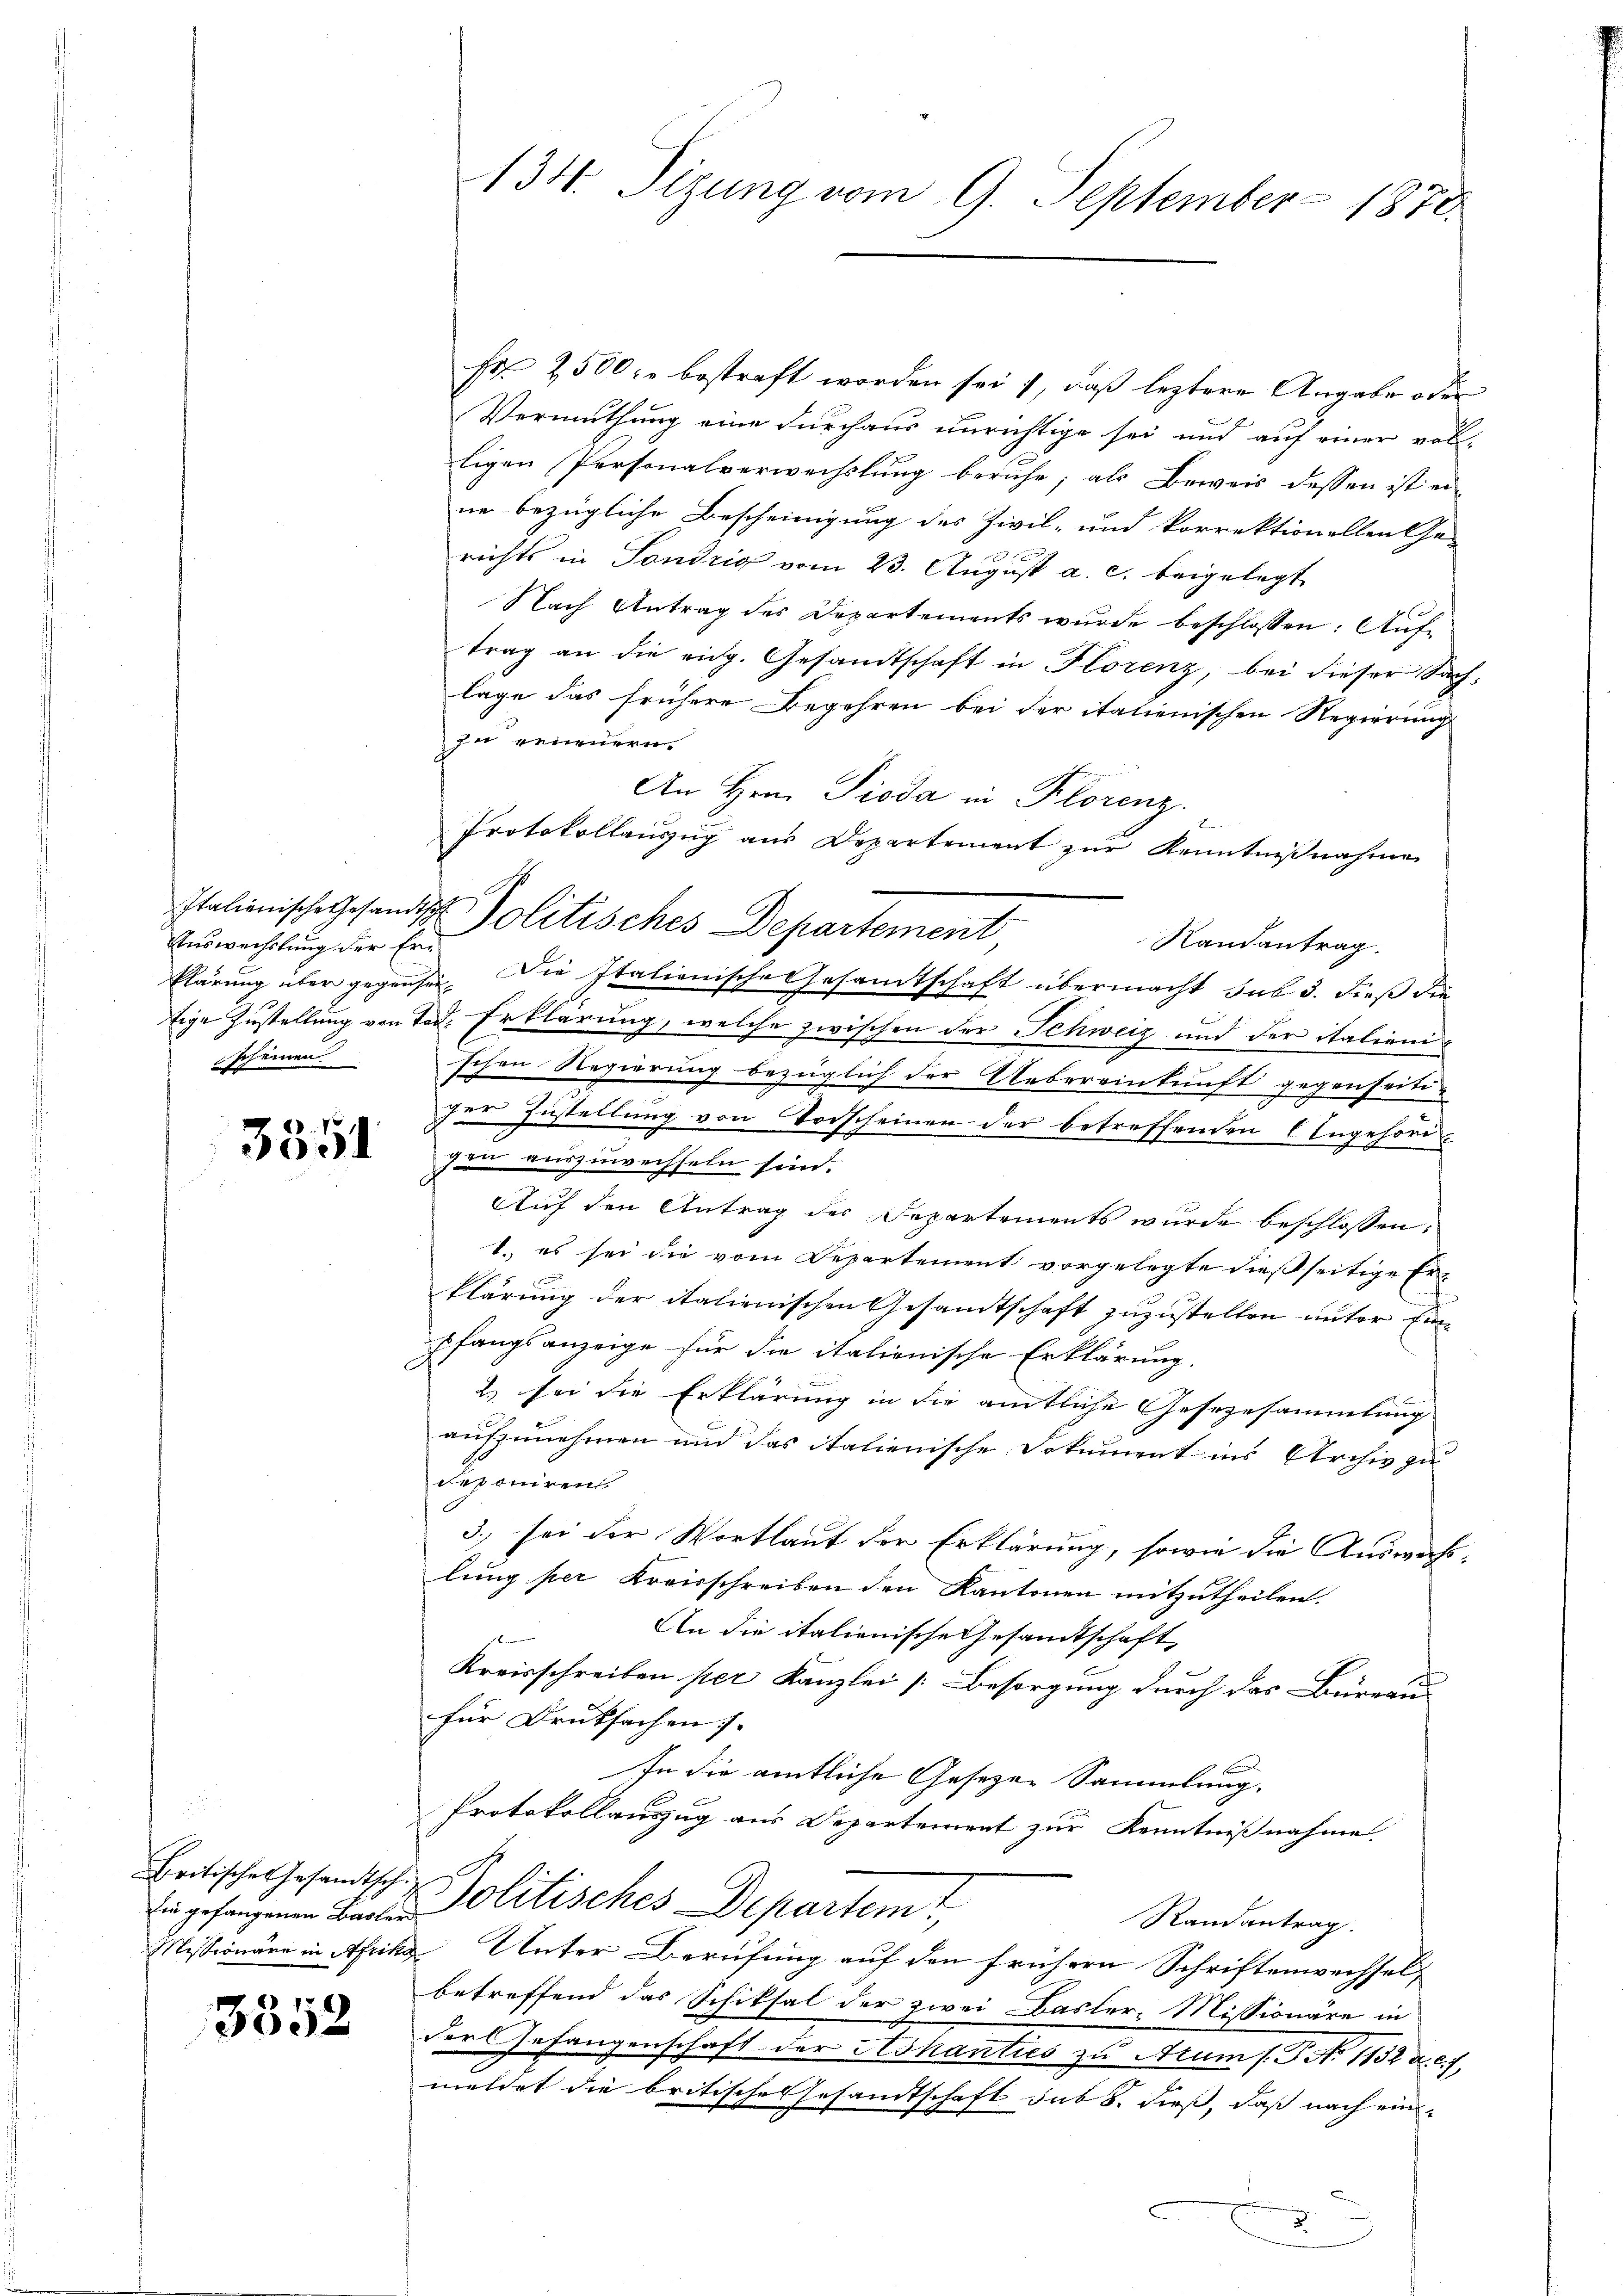
Auswechslung der Erscheinen.

3351

Britisches Gesandtsch.
Eine gefangenen Basler

3352

134. Sizung vom 9. September 1870.

Es 2500 r. bestraft worden sei, daß leztere Angabe oder
Vermuthung eine durchaus unrichtige sei und auf einer vol-
ligen Personalverwechslung beruhe; als Beweis dessen ist ei
ne bezügliche Bescheinigung des Zivil- und korrektionellen Ge-
richts in Tondrig vom 23. August a. c. beigelegt
Nach Antrag des Departements wurde beschlossen: Auftrag an die eidg. Gesandtschaft in Florenz, bei dieser Sachlage das frühere Begehren bei der italienischen Regierung
zu erneuern.
An Hrn. Pioda in Klorenz.
Protokollauszug aus Departement zur Kenntnißnahme
Randantrag.
klärung über gegensei. Die Italienische Gesamtschaft übermacht sub 3. dieß de
tige Zustellung von Tod. Erklärung, welche zwischen der Schweiz und der italienischen Regierung bezüglich der Uebereinkunft gegenseitiger Zustellung von Vorscheinen der betreffenden Angehörigen auszuwechseln sind.
Auf den Antrag des Separtements wurde beschlossen,
1. es sei die vom Departement vorgelegte dießseitige Er-
klärung der italienischen Gesandtschaft zuzustellen unter Einpfangsanzeige für die italienische Erklärung.
2 sei die Erklärung in die amtliche Gesezesammlung
aufzunehmen und das italienische Dokument ins Archiv zu
deponiren
3. sei der Wortlaut der Erklärung, sowie die Auswachslung per Kreisschreiben den Kantonen mitzutheilen.
An die italienische Gesandtschaft,
Kreisschreiben per Kanzlei [: Besorgung durch das Büreau
für Drucksachen.
In die amtliche Gesezen Sammlung.
Protokollauszug aus Departement zur Kenntnißnahme.
Politisches Departemt
Randantrag.
Missionäre in Afrika Unter Berufung auf den frühern Schriftenwechsel,
betreffend das Schiksal der zwei Basler-Missionäre in
der Gefangenschaft der Ashanties zu Arum s. S. Nr. 1832 u. c. f
meldet die britische Gesandtschaft sub 8. dieß, daß nach einn
C
x

Italienische Gesandtsch Politisches Departement,